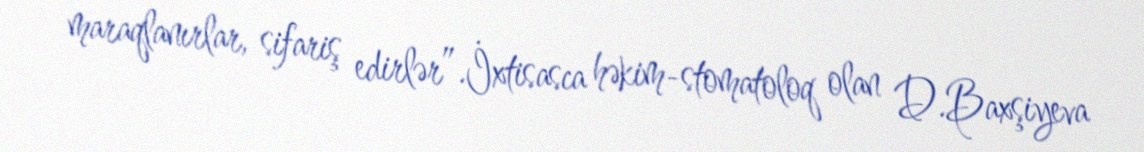
maraqlanırlar, sifariş edirlər”.İxtisasca həkim-stomatoloq olan D.Baxşiyeva